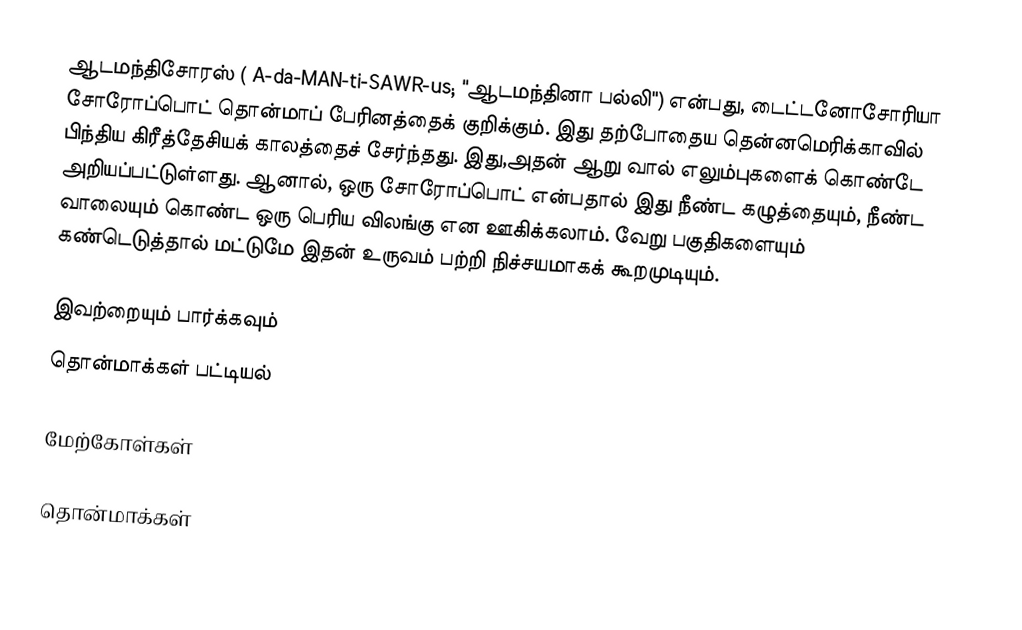
ஆடமந்திசோரஸ் ( A-da-MAN-ti-SAWR-us; "ஆடமந்தினா பல்லி") என்பது, டைட்டனோசோரியா சோரோப்பொட் தொன்மாப் பேரினத்தைக் குறிக்கும். இது தற்போதைய தென்னமெரிக்காவில் பிந்திய கிரீத்தேசியக் காலத்தைச் சேர்ந்தது. இது,அதன் ஆறு வால் எலும்புகளைக் கொண்டே அறியப்பட்டுள்ளது. ஆனால், ஒரு சோரோப்பொட் என்பதால் இது நீண்ட கழுத்தையும், நீண்ட வாலையும் கொண்ட ஒரு பெரிய விலங்கு என ஊகிக்கலாம். வேறு பகுதிகளையும் கண்டெடுத்தால் மட்டுமே இதன் உருவம் பற்றி நிச்சயமாகக் கூறமுடியும்.

இவற்றையும் பார்க்கவும்
 தொன்மாக்கள் பட்டியல்

மேற்கோள்கள்

தொன்மாக்கள்